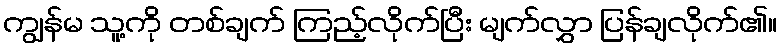
ကျွန်မ သူ့ကို တစ်ချက် ကြည့်လိုက်ပြီး မျက်လွှာ ပြန်ချလိုက်၏။